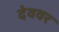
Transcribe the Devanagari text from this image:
देववर